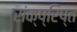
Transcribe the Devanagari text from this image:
संक्ष्रिप्त